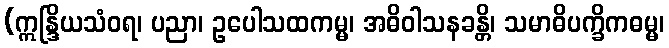
(ဣန္ဒြိယသံဝရ၊ ပညာ၊ ဥပေါသထကမ္မ၊ အဓိဝါသနခန္တိ၊ သမာဓိပက္ခိကဓမ္မ၊